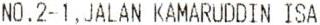
NO.2-1,JALAN KAMARUDDIN ISA